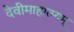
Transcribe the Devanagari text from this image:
देवीमाहात्म्यम्